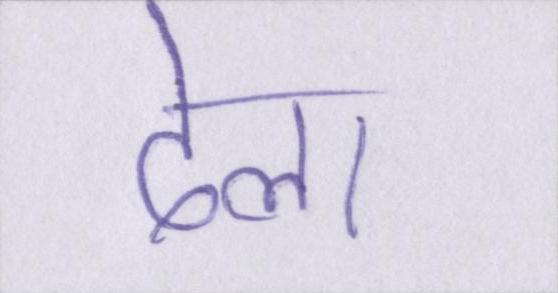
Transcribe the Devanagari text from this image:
ढेला